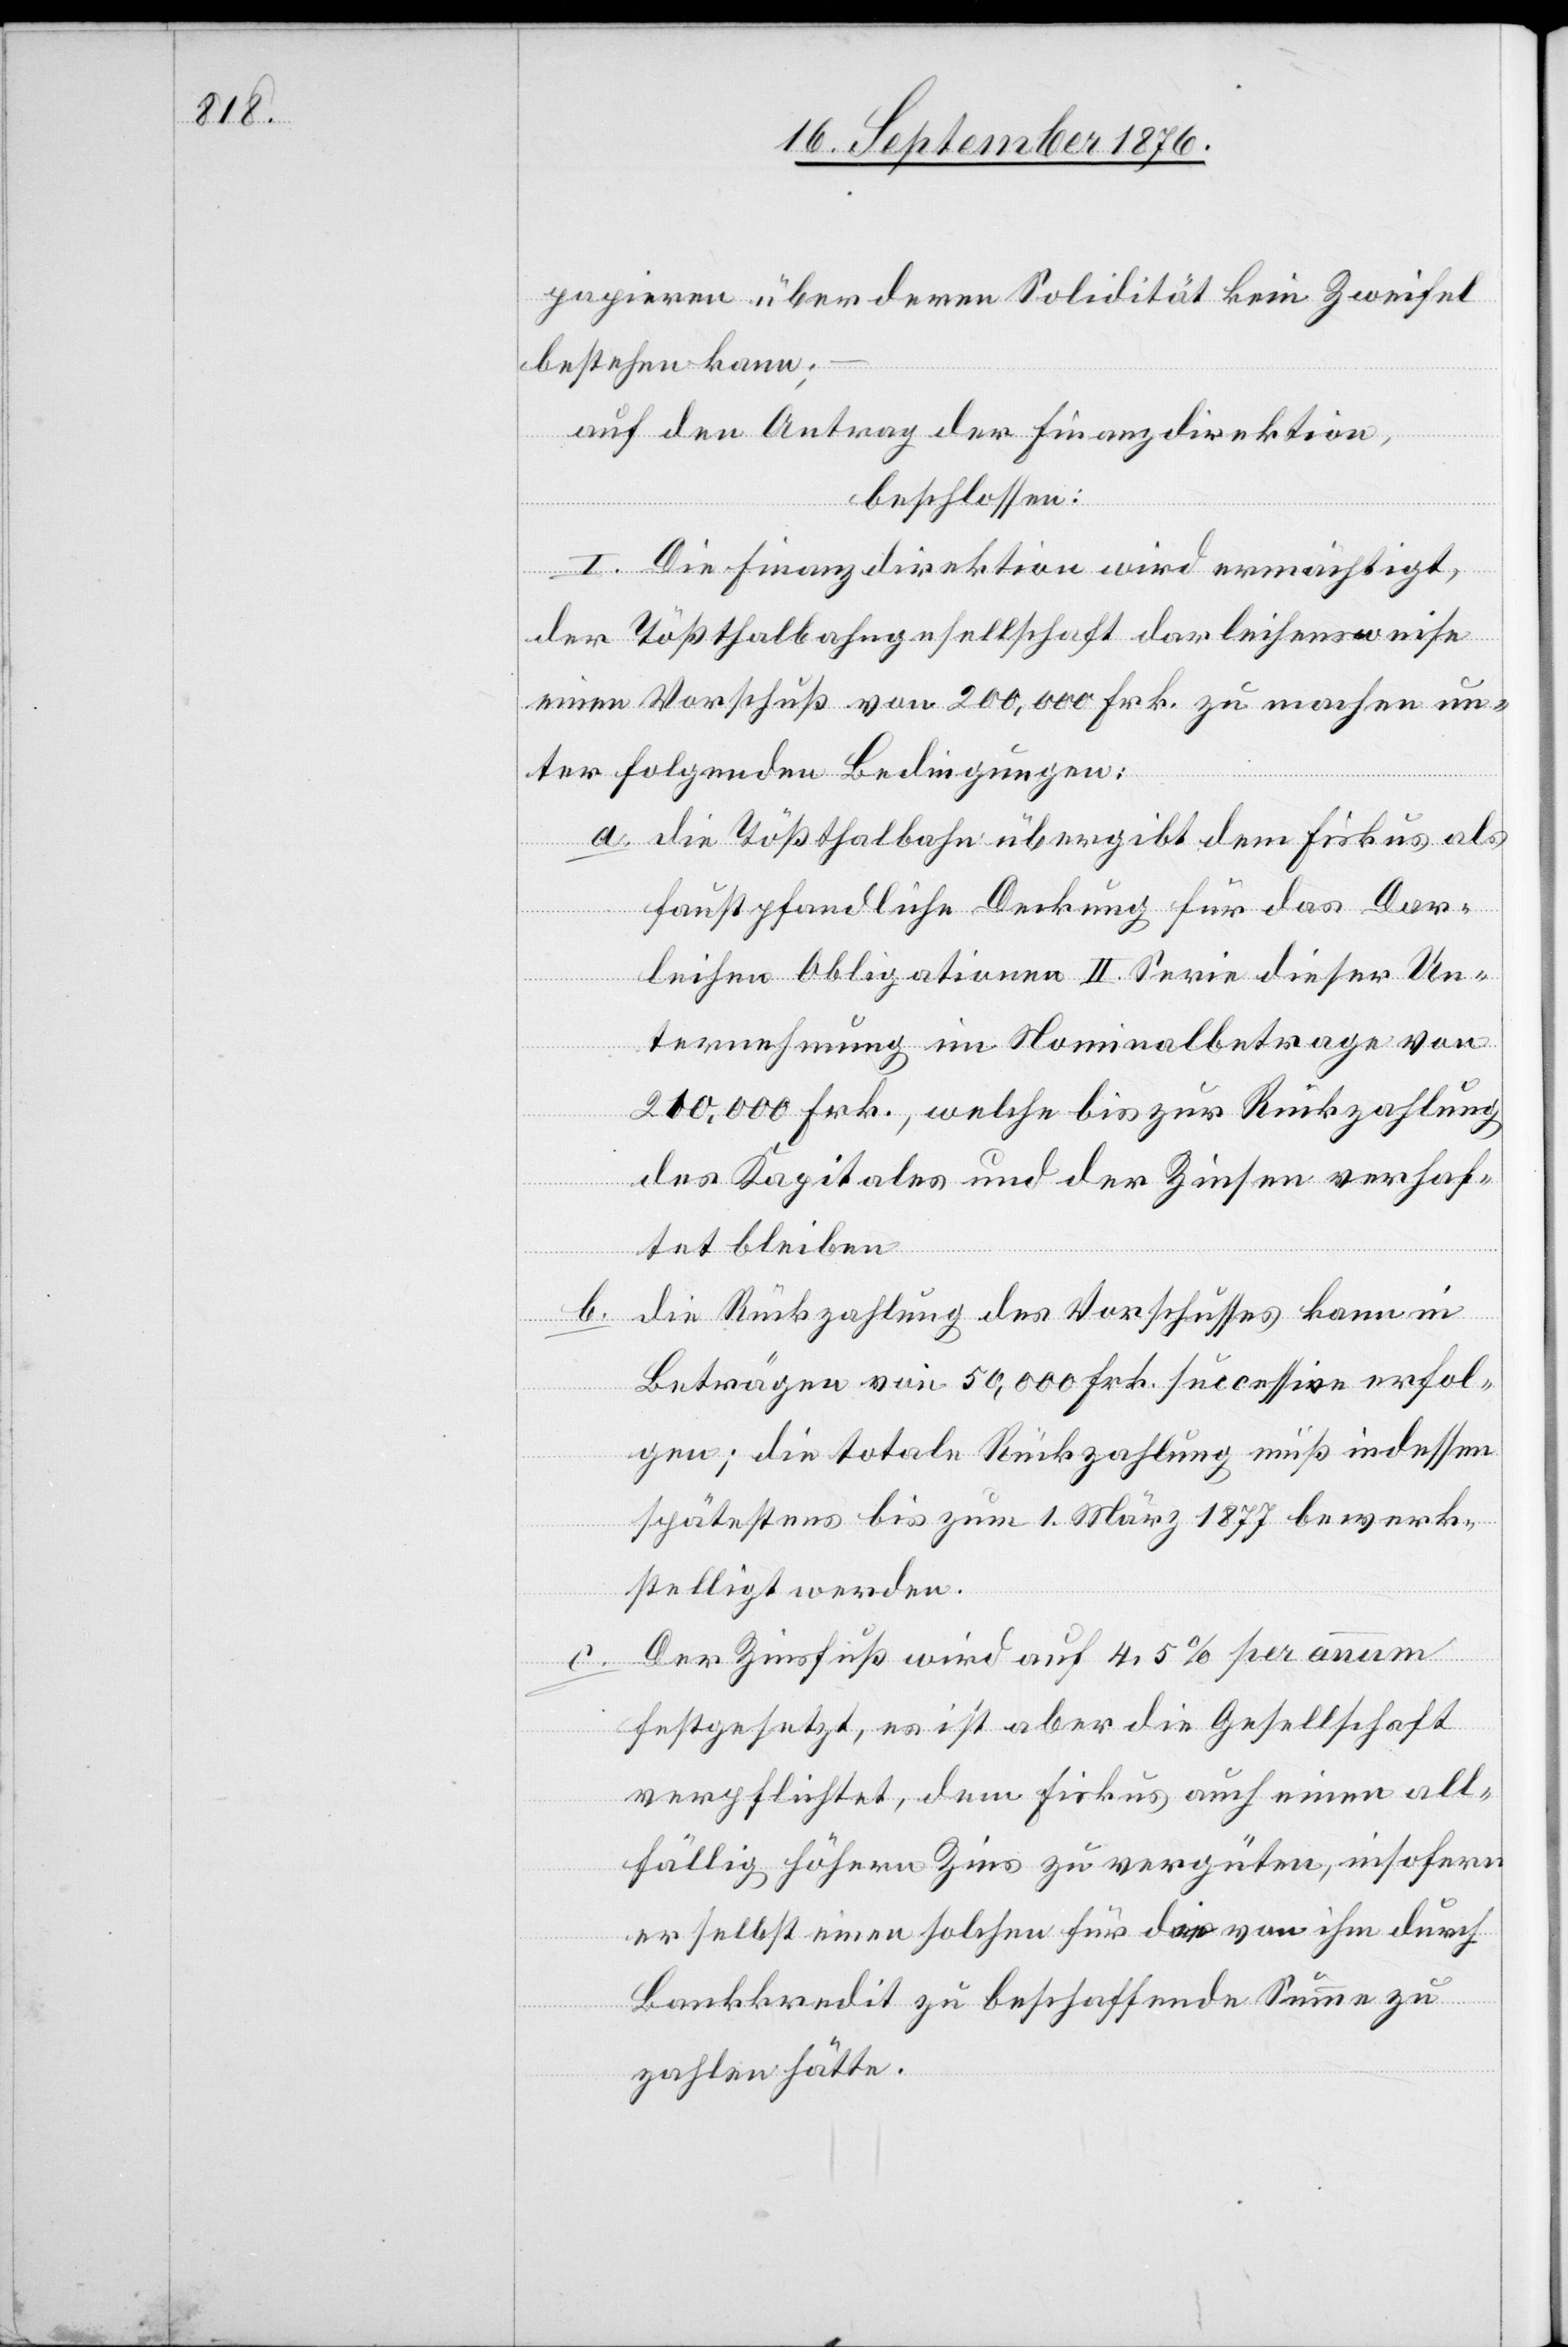
papiren über deren Solidität kein Zweifel
bestehen kann;
auf den Antrag der Finanzdirektion,
beschlossen:
I. Die Finanzdirektion wird ermächtigt,
der Tößthalbahngesellschaft der leihensweise
einen Vorschuß von 200,000 Frk. zu machen un¬
ter folgenden Bedingungen:
a. die Tößthalbahn übergibt dem Fiskus als
faustpfandliche Deckung für das Dar¬
leihen Obligationen II. Serie dieser Un¬
ternehmung im Nominalbetrage von
210,000 Frk., welche bis zur Rückzahlung
des Kapitales und der Zinsen verhaf¬
tet bleiben
b. die Rückzahlung des Vorschusses kann in
Beträgen von 50,000 Frk. successive erfol¬
gen; die totale Rückzahlung muß indessen
spätestens bis zum 1. März 1877 bewerk¬
stelligt werden.
Der Zinsfuß wird auf 4,5% per annum
c.
festgesetzt, es ist aber die Gesellschaft
verpflichtet, dem Fiskus auch einen all¬
fällig höhern Zins zu vergüten, insofern
er selbst einen solchen für die von ihm durch
Bankkredit zu beschaffende Summe zu
zahlen hätte.